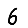
Digit: 6